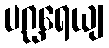
ပဂ္ဃရေယျ